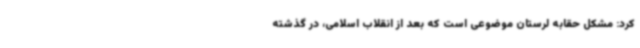
کرد: مشکل حقابه لرستان موضوعی است که بعد از انقلاب اسلامی، در گذشته